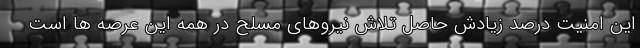
این امنیت درصد زیادش حاصل تلاش نیروهای مسلح در همه این عرصه ها است